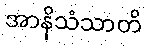
အာနိသံသာတိ